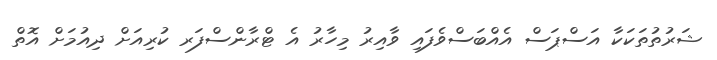
ޝަރުތުތަކަކާ އަސްޕަސް އެއްބަސްވެފައި ވާއިރު މިހާރު އެ ޓްރާންސްފަރ ކުރިއަށް ދިއުމަށް އޮތް